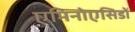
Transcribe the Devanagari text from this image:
एमिनोएसिडों